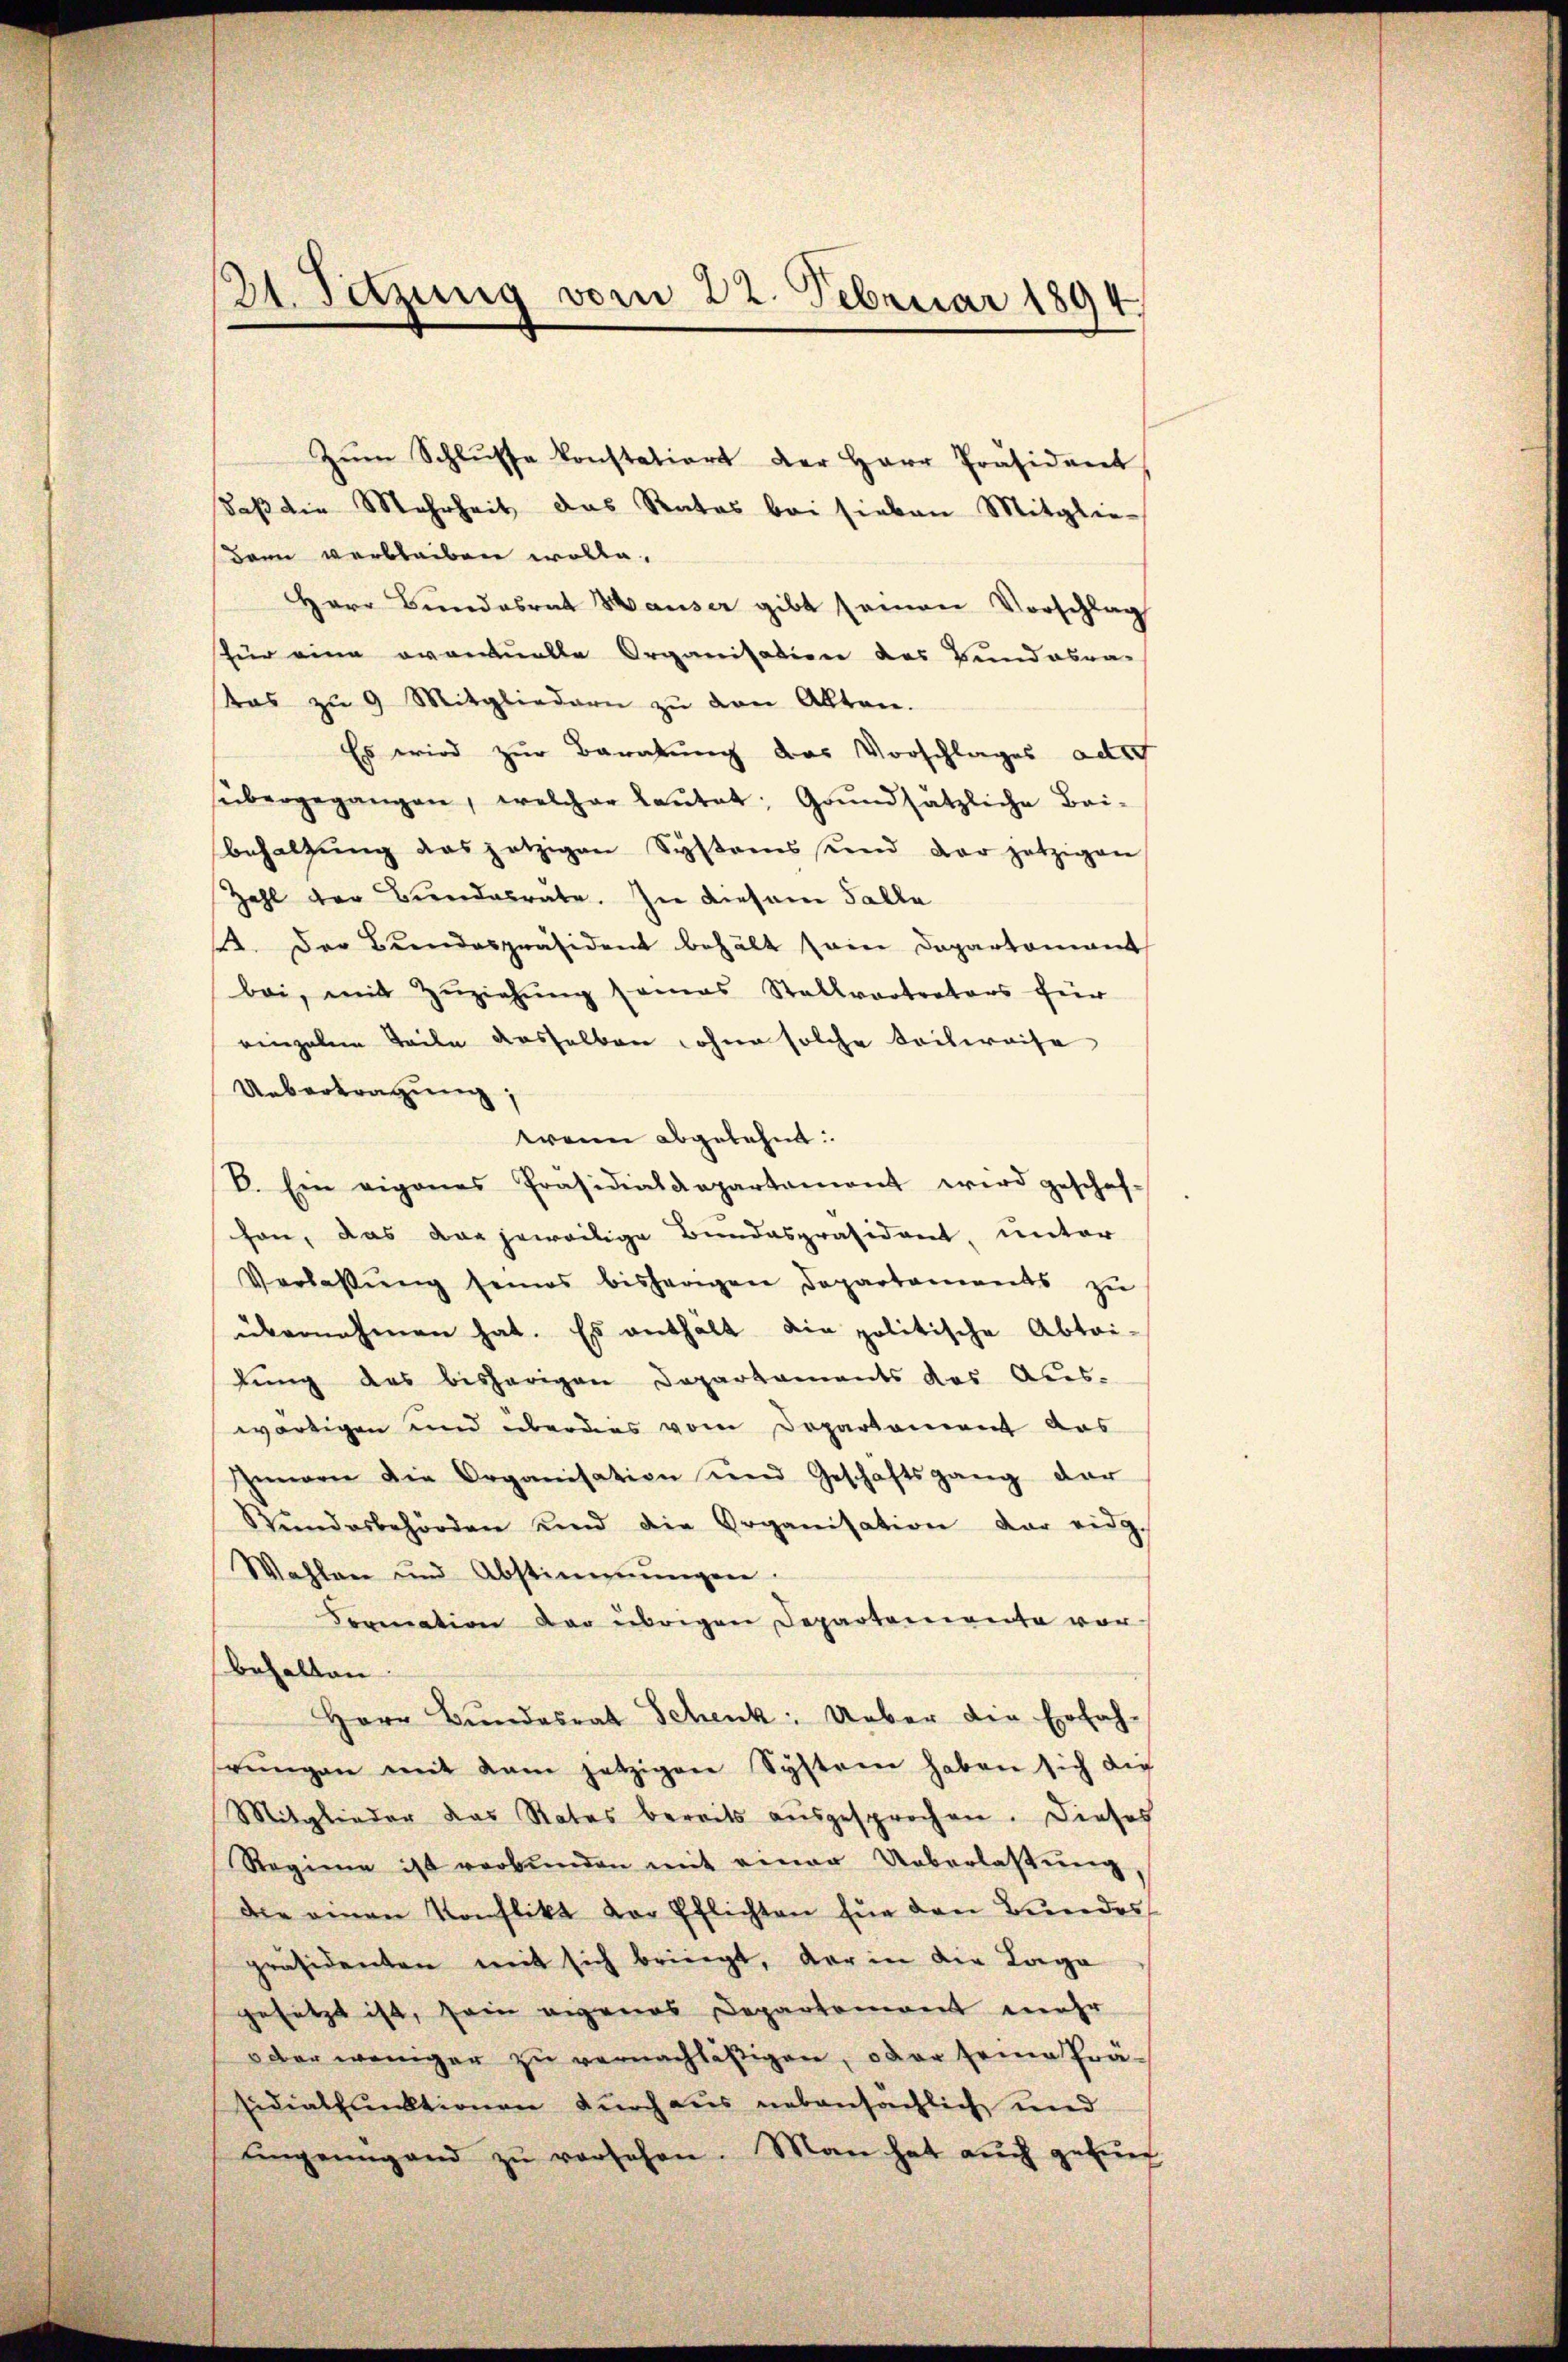
21. Setzung vom 22. Februar 1894

Zŭm Schlŭsse konstations der Herr Präsident
daß die Mehrheit das Rates bei sieben Mitgliedann verbleiben wolle.
Herr Bŭndesrat Hauser gibt seinen Vorschlag
für eine eventuelle Organisation des Bundesra-
tas zu 9 Mitgliedern zŭ den Akten.
Es wird zur Baratung das Vorschlages adr
sübergegangen, welcher laŭtet: Grŭndsätzliche Bei-
behaltŭng das jetzigen Systems und der jetzigen
Zahl der Bundesrate. In diesem Falle
et. Der Bundespräsident behält sein Departomant
bei, mit Zŭziehŭng somas Stallvertreters für
eingaben Teile dasselben wohne solche Seilweise
Uebertragung,
wenn abgelehnt:
E. Ein eigenes Präsidialdepartament wird geschaf-
hon, das der jeweilige Bundespräsident, unter
Verlassŭng seines bisherigen Departanereits zŭ
übernehmen hat. Es enthält die politische Abtri-
lung das bisherigen Departaments das Aus-
wärtigen und überdies vom Departement das
hmen die Organisation und Geschäftsgang dar
Stŭndesbehörden und die Organisation der eidg.
Wahlen und Abstimmungen.
Sormation der übrigen Departemente vor
behalten
Herr Bŭndesrat Schenk. Ueber die Erfah-
rŭngen mit dem jetzigen System haben sich die
Mitglieder das Rates bereits ausgesprochen. Dieses
Reginne ist verbunden mit einer Ueberlassŭng
die einen Konflikt der Pflichten für den Bundes
präsidenten mit sich bringt, der in die Lage
gesetzt ist, sein eigenes Departement mehr
oder weniger zu vernachläßigen, oder seine Prä-
sidialpunktionen durch aus nebensächlich und
uingenügend zŭ versehen. Man hat auch gefung